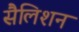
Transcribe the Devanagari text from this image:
सैलिशन